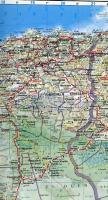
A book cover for Algeria Road Map (English and French Edition) gizi; Gizi; Travel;